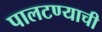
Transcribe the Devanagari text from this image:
पालटण्याची